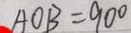
A O B = 9 0 ^ { \circ }